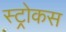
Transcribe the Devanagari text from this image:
स्ट्रोकस